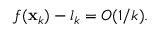
f ( \mathbf { x } _ { k } ) - l _ { k } = O ( 1 / k ) .